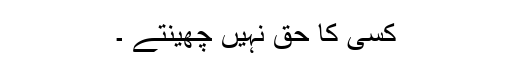
کسی کا حق نہیں چھینتے ۔